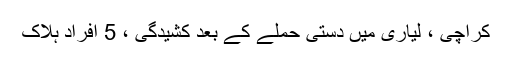
کراچی ، لیاری میں دستی حملے کے بعد کشیدگی ، 5 افراد ہلاک